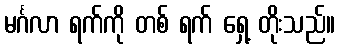
မင်္ဂလာ ရက်ကို တစ် ရက် ရှေ့ တိုးသည်။